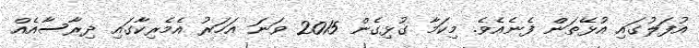
އުފަލުގައި އުޅޭތަން ފެނެއެވެ. މިކަމާ ގުޅިގެން 2015 ވަނަ އަހަރު އެމެރިކާގައި ދިރާސާއެއް